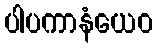
ပါပကာနံယေဝ